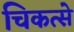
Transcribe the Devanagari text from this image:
चिकत्से